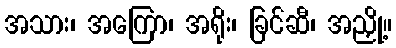
အသား၊ အကြော၊ အရိုး၊ ခြင်ဆီ၊ အညှို့။